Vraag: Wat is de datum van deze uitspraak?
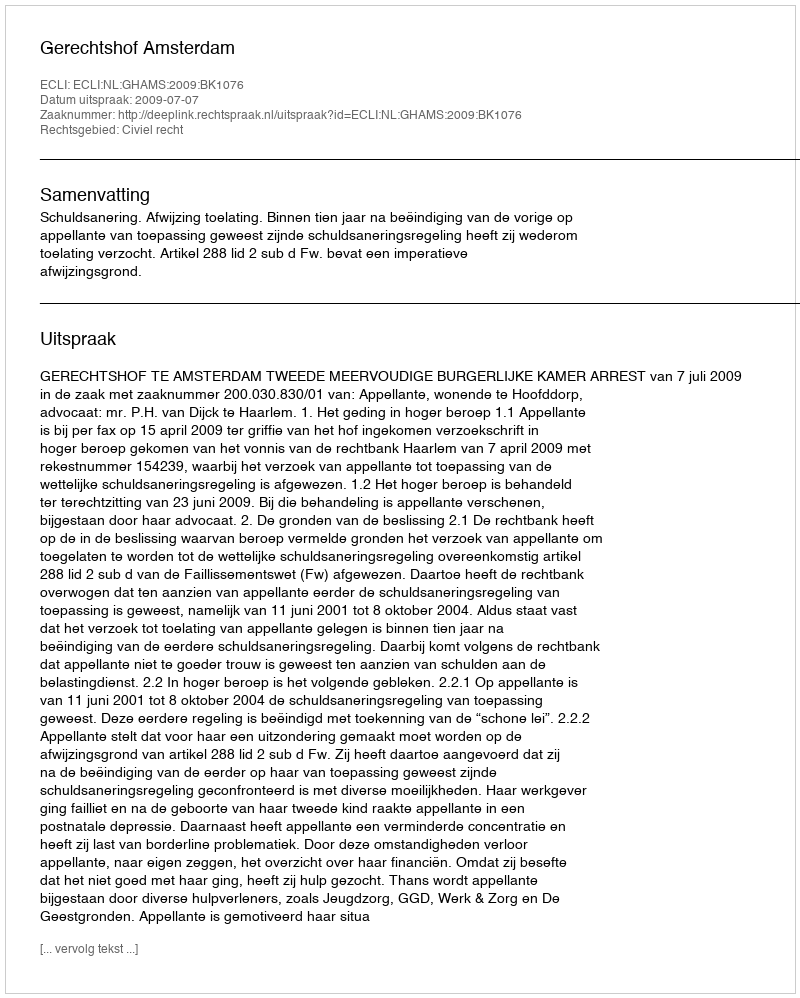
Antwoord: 2009-07-07